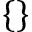
\{ \}